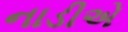
નાડીએ